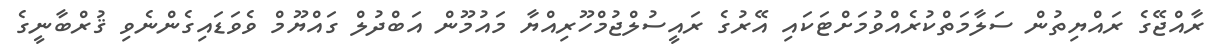
ރާއްޖޭގެ ރައްޔިތުން ސަލާމަތްކުރެއްވުމަށްޓަކައި އޭރުގެ ރައީސުލްޖުމްހޫރިއްޔާ މައުމޫން އަބްދުލް ގައްޔޫމް ވެވަޑައިގެންނެވި ޤުރްބާނީގެ